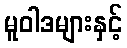
မူဝါဒများနှင့်